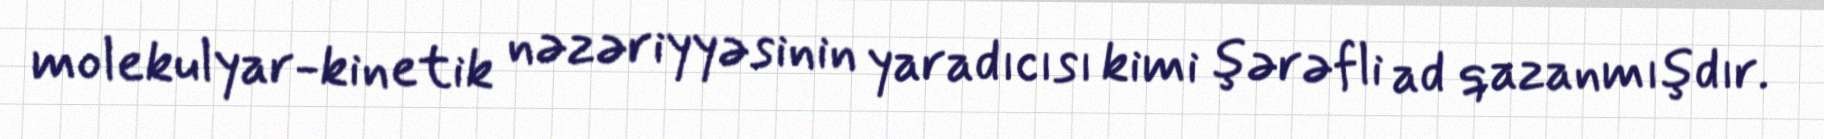
molekulyar-kinetik nəzəriyyəsinin yaradıcısı kimi şərəfli ad qazanmışdır.